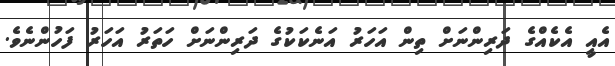
އެއީ އެކެއްގެ ދަރިންނަށް ތިން އަހަރު އަނެކަކުގެ ދަރިންނަށް ހަތަރު އަހަރު ފަހުންނެވެ.